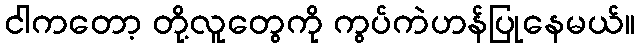
ငါကတော့ တို့လူတွေကို ကွပ်ကဲဟန်ပြုနေမယ်။